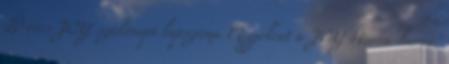
20 éves JOY szülinapi lapszáma Megjelent a JOY Hurrá-hurrá,